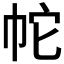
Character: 𭘙